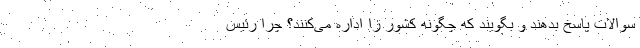
سوالات پاسخ بدهند و بگویند که چگونه کشور را اداره می‌کنند؟ چرا رئیس